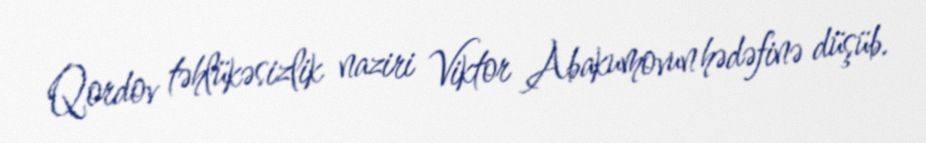
Qordov təhlükəsizlik naziri Viktor Abakumovun hədəfinə düşüb.